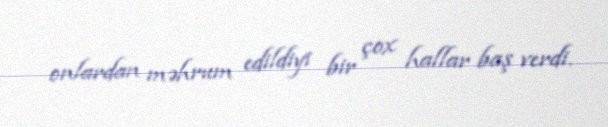
onlardan məhrum edildiyi bir çox hallar baş verdi.